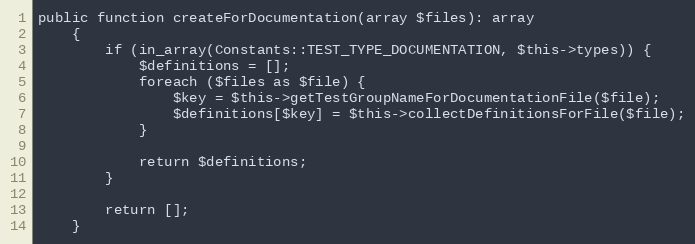
Language: PHP
public function createForDocumentation(array $files): array
    {
        if (in_array(Constants::TEST_TYPE_DOCUMENTATION, $this->types)) {
            $definitions = [];
            foreach ($files as $file) {
                $key = $this->getTestGroupNameForDocumentationFile($file);
                $definitions[$key] = $this->collectDefinitionsForFile($file);
            }

            return $definitions;
        }

        return [];
    }